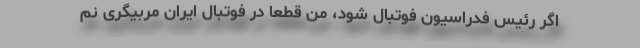
اگر رئیس فدراسیون فوتبال شود، من قطعاً در فوتبال ایران مربیگری نم